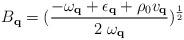
LaTeX: \begin{align*}B_{ {\bf{q}} } = (\frac{ -\omega_{ {\bf{q}} } + \epsilon_{ {\bf{q}} }+ \rho_{0}v_{ {\bf{q}} } }{2 \mbox{ }\omega_{ {\bf{q}} } })^{\frac{1}{2}}\end{align*}